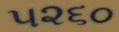
૫૨૬૦